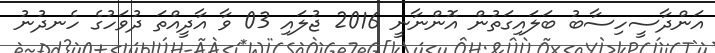
އަންދާސީހިސާބު ބަލައިގަތުން އޮންނާނީ 2016 ޖުލައި 03 ވާ އާދީއްތަ ދުވަހުގެ ހެނދުނު